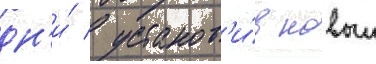
дн'и́ / установ'и́в новыи